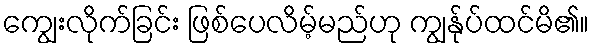
ကျွေးလိုက်ခြင်း ဖြစ်ပေလိမ့်မည်ဟု ကျွန်ုပ်ထင်မိ၏။